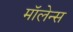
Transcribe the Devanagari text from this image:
मॉलेन्स